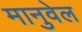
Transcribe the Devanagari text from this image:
मानुवेल